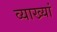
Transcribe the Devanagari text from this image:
व्याख्यां